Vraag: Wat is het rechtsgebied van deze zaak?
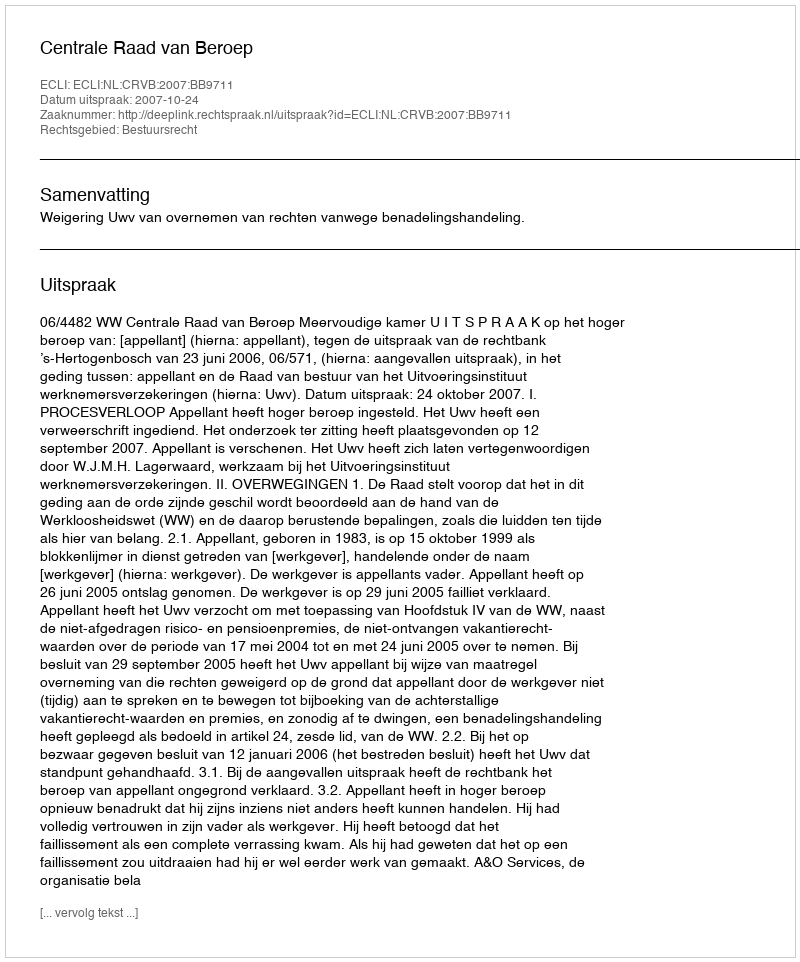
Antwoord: Bestuursrecht